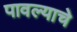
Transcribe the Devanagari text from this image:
पावल्याचे